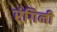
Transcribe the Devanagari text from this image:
रंगिनी